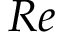
R e